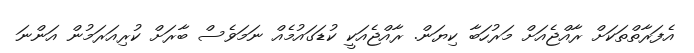
އެފަރާތްތަކަށް ރާއްޖެއަށް މަރުހަބާ ކިޔަން. ރާއްޖެއަކީ ކުޑަގައުމެއް ނަމަވެސް ބާރަށް ކުރިއަރަމުން އަންނަ